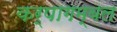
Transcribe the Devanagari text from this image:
कर्पागम्बल